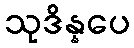
သုဒိန္နပေ